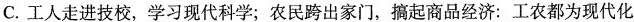
C.工人走进技校，学习现代科学；农民跨出家门，搞起商品经济：工农都为现代化